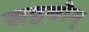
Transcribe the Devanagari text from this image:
सहयोग्